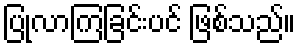
ပြုလာကြခြင်းပင် ဖြစ်သည်။